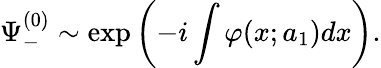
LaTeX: \Psi_{-}^{(0)}\sim\exp{\left(-i\int\varphi(x;a_{1})dx\right)}.